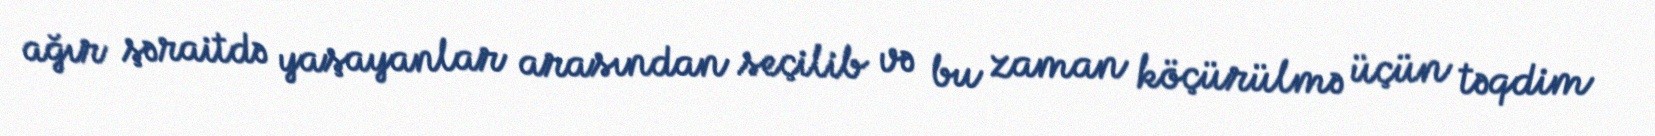
ağır şəraitdə yaşayanlar arasından seçilib və bu zaman köçürülmə üçün təqdim